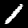
Label: 1